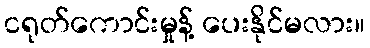
ငရုတ်ကောင်းမှုန့် ပေးနိုင်မလား။